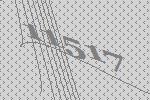
11517